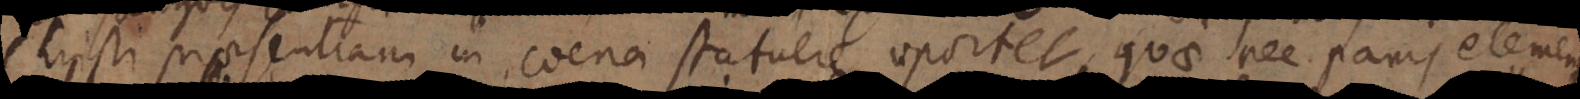
Christi praesentiam in coena statuere oportet, quae nec panis element